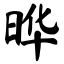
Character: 晔